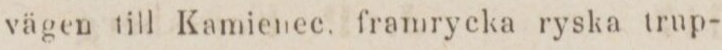
vägen till Kamienee, framrycka ryska trup-